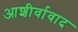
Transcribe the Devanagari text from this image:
आशीर्वावाद